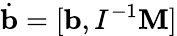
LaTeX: \dot{\mathbf b}=[{\mathbf b},I^{-1}{\mathbf M}]